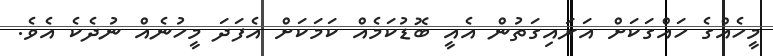
މީހެއްގެ ހައްގަކަށް އަރައިގަތުން އެއީ ބޮޑުކަމެއް ކަމަކަށް އެފަދަ މީހުނެއް ނުދެކެ އެވެ.